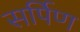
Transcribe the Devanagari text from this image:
सर्पिण